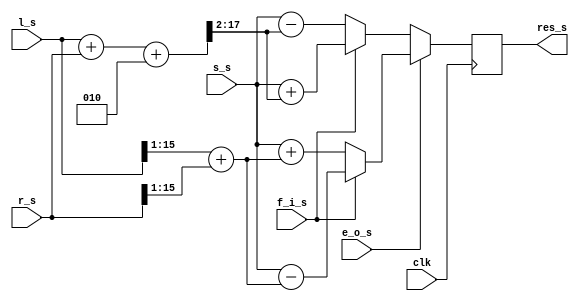



`timescale 1ns/10ps

module jpeg (
    clk,
		l_s,
    r_s,
		s_s,
		e_o_s,
		f_i_s,
 		res_s
);


input clk;
input signed [15:0] l_s;
input signed [15:0] r_s;
input signed [15:0] s_s;
output signed [15:0] res_s;
reg signed [15:0] res_s;
input e_o_s;
input f_i_s;






always @(posedge clk) begin: JPEG_HDL
    if (e_o_s) begin
        if (f_i_s) begin
            res_s <= (s_s - ($signed(l_s >>> 1) + $signed(r_s >>> 1)));
        end
        else begin
            res_s <= (s_s + ($signed(l_s >>> 1) + $signed(r_s >>> 1)));
        end
    end
    else begin
        if (f_i_s) begin
            res_s <= (s_s + $signed(((l_s + r_s) + 2) >>> 2));
        end
        else begin
            res_s <= (s_s - $signed(((l_s + r_s) + 2) >>> 2));
        end
    end
end

endmodule